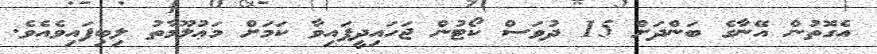
އެގޮތުން އޭނާގެ ބަންދަށް 15 ދުވަސް ކޯޓުން ޖަހައިދީފައިވާ ކަމަށް މަޢުލޫމާތު ލިބިފައިވެއެވެ.